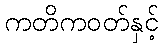
ကတိကဝတ်နှင့်